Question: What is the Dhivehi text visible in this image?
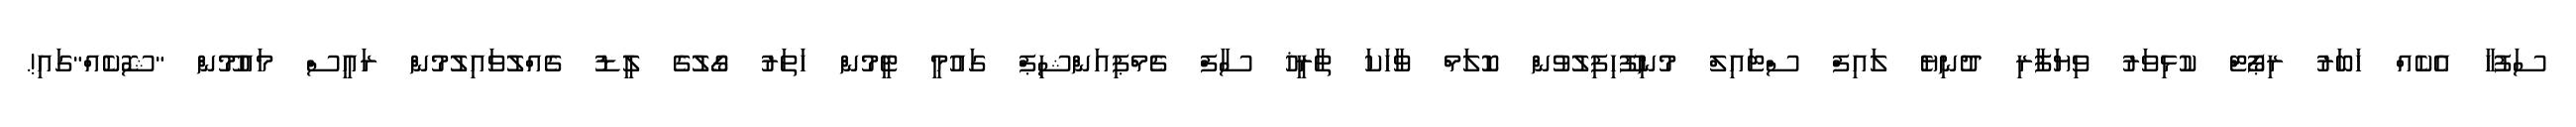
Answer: ސަފުހާ އެކެއް ޚަބަރު ރިޕޯޓް ކުޅިވަރު ވިޔަފާރި ދުނިޔެ ލައިފް ސްޓައިލް މުނިފޫހިފިލުވުން ކޮލަމް ވާހަކަ ތާރީޚު ސާފް ޗެމްޕިއަންޝިޕް ގައުމީ ޓީމުން ހަތަރު ގޯލުގެ ލީޑު ގެއްލުވައިލުމުން ރައީސް މައުމޫން "ޝޮކެއް"ގައި!.